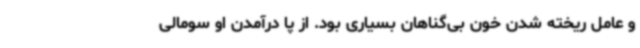
و عامل ریخته شدن خون بی‌گناهان بسیاری بود. از پا درآمدن او سومالی